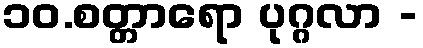
၁၀.စတ္တာရော ပုဂ္ဂလာ -